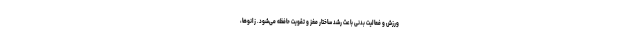
ورزش و فعالیت بدنی باعث رشد ساختار مغز و تقویت حافظه می‌شود. زانوها،